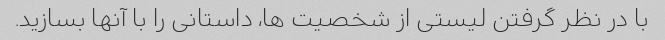
با در نظر گرفتن لیستی از شخصیت ها، داستانی را با آنها بسازید.